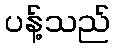
ပန့်သည်